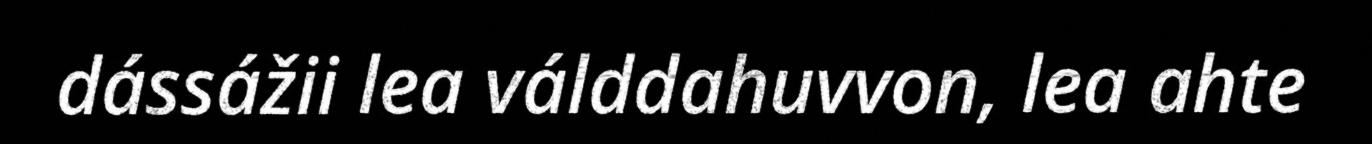
dássážii lea válddahuvvon, lea ahte